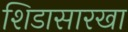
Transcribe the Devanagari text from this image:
शिडासारखा